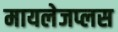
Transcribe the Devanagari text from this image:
मायलेजप्लस